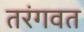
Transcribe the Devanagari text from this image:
तरंगवत